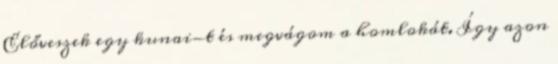
Előveszek egy kunai-t és megvágom a homlokát. Így azon